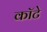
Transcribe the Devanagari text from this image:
कॉटे